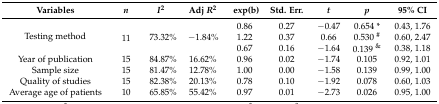
| Variables | n | I2 | Adj R2 | exp(b) | Std. Err. | t | p | 95% CI |
 | --- | --- | --- | --- | --- | --- | --- | --- | --- |
 | <ROWSPAN=3> Testing method | <ROWSPAN=3> 11 | <ROWSPAN=3> 73.32% | <ROWSPAN=3> −1.84% | 0.86 | 0.27 | −0.47 | 0.654 * | 0.43, 1.76 |
 | 1.22 | 0.37 | 0.66 | 0.530 # | 0.60, 2.47 |
 | 0.67 | 0.16 | −1.64 | 0.139 & | 0.38, 1.18 |
 | Year of publication | 15 | 84.87% | 16.62% | 0.96 | 0.02 | −1.74 | 0.105 | 0.92, 1.01 |
 | Sample size | 15 | 81.47% | 12.78% | 1.00 | 0.00 | −1.58 | 0.139 | 0.99, 1.00 |
 | Quality of studies | 15 | 82.38% | 20.13% | 0.78 | 0.10 | −1.92 | 0.078 | 0.60, 1.03 |
 | Average age of patients | 10 | 65.85% | 55.42% | 0.97 | 0.01 | −2.73 | 0.026 | 0.95, 1.00 |